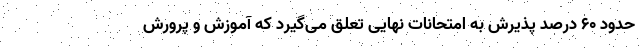
حدود ۶۰ درصد پذیرش به امتحانات نهایی تعلق می‌گیرد که آموزش و پرورش